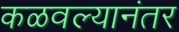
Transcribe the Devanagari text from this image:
कळवल्यानंतर